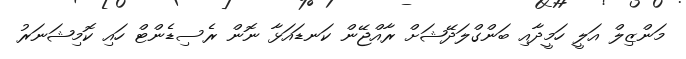
މަންޒިލް އަލީ ހަމީދާއި ބަންގްލަދޭޝަށް ރާއްޖޭން ކަނޑައަޅާ ނޮން ރެސިޑެންޓް ހައި ކޮމިޝަނަރު